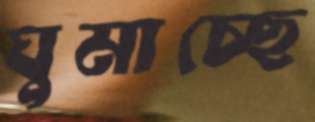
ঘুমাচ্ছে